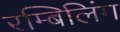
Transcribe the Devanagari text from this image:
रम्बिलिंग